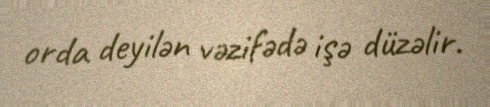
orda deyilən vəzifədə işə düzəlir.